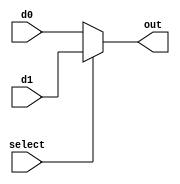
module multiplexer2_1#(parameter width = 32) (
    input [width-1:0] d0, d1,
    input select,
    output wire [width-1:0] out
);

    assign out = select? d1 : d0;

endmodule